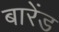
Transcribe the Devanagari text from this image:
बारेंड